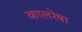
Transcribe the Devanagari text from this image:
कालरेषा